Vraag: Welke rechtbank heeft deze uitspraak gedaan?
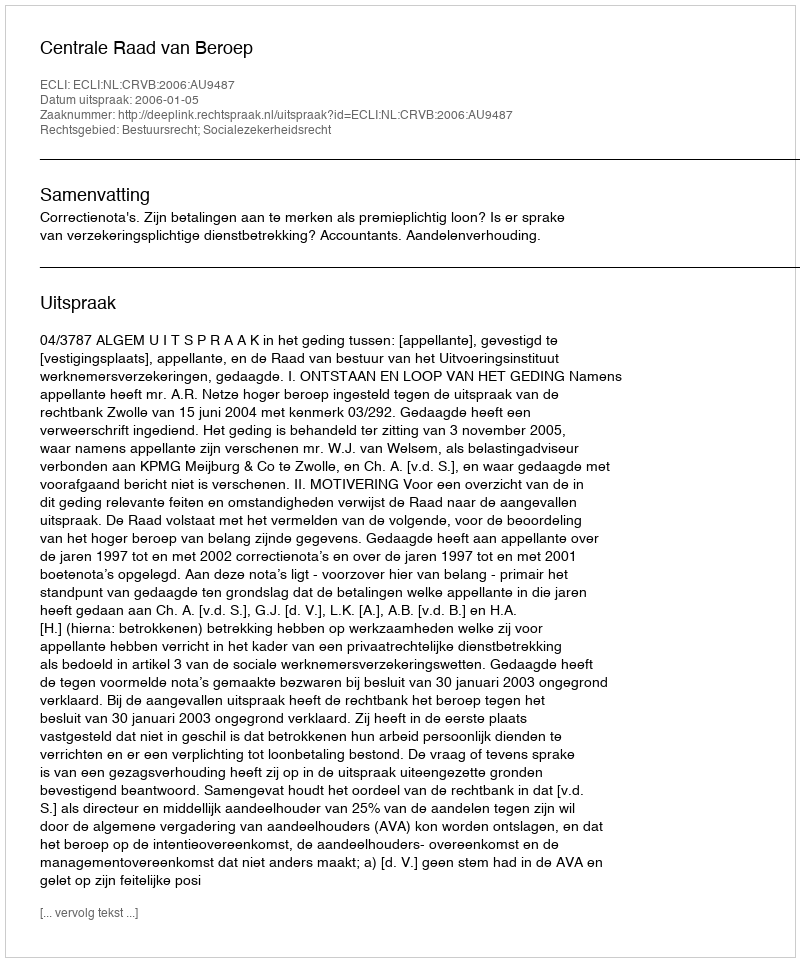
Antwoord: Centrale Raad van Beroep